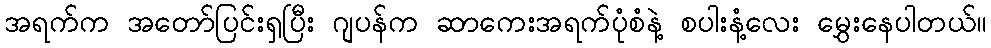
အရက်က အတော်ပြင်းရှပြီး ဂျပန်က ဆာကေးအရက်ပုံစံနဲ့ စပါးနံ့လေး မွှေးနေပါတယ်။